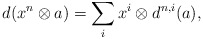
\begin{align*}d(x^n\otimes a)=\sum_{i} x^i\otimes d^{n,i}(a),\end{align*}